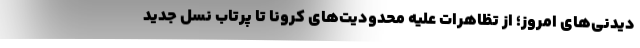
دیدنی‌های امروز؛ از تظاهرات علیه محدودیت‌های کرونا تا پرتاب نسل جدید